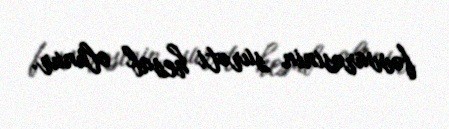
fəvvarəsinin surəti hesab olunur.